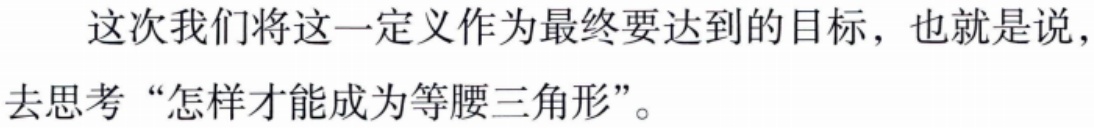
这次我们将这一定义作为最终要达到的目标，也就是说，去思考“怎样才能成为等腰三角形”。